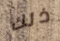
ذلك